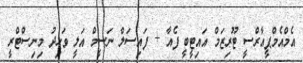
އެމްއެމްޕީއާރްސީ ޓޫރިޒަމް އައިޓީބީ ފެއާ + ފައިސަލް ނަސީމް އަލީ ވަހިދު މިނިސްޓްރީ